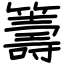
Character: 籌